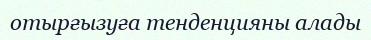
отырғызуға тенденцияны алады